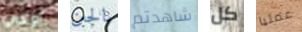
أوكي بالجبن شاهدتم كل عمليا